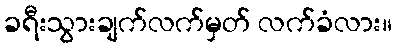
ခရီးသွားချက်လက်မှတ် လက်ခံလား။